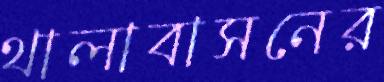
থালাবাসনের